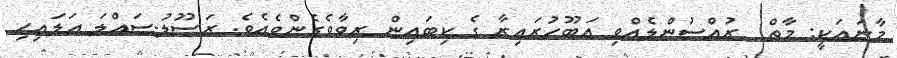
މާނައަކީ: މާތް  ރުއްސުންލެއްވި އަބޫހުރައިރާ ގެ ކިބައިން ރިވާވެގެންވެއެވެ. ރަސޫލު-ޞައްލަ ޢަލައިހި